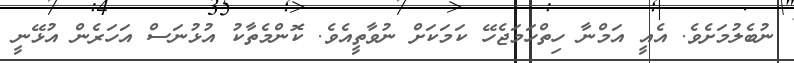
ނުބެލުމަށެވެ. އެއީ އަމްނާ ހިތްހަމަޖެހޭ ކަމަކަށް ނުވާތީއެވެ. ކޮންމެތާކު އުޅުނަސް އަހަރެން އުޅޭނީ